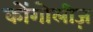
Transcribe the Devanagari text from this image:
कोंगोलीज़